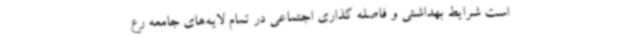
است شرایط بهداشتی و فاصله گذاری اجتماعی در تمام لایه‌های جامعه رع